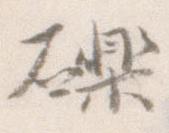
礫